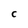
Character: C